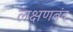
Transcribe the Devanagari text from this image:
लक्षणबंद